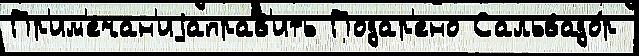
Пр'им'ечан'иjаправ'ить Подар'ено Сальвадо́р